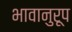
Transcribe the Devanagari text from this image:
भावानुरूप